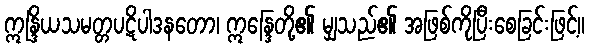
ဣန္ဒြိယသမတ္တပဋိပါဒနတော၊ ဣန္ဒြေတို့၏ မျှသည်၏ အဖြစ်ကိုပြီးစေခြင်းဖြင့်။